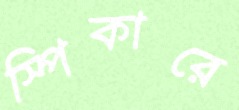
স্পিকারে